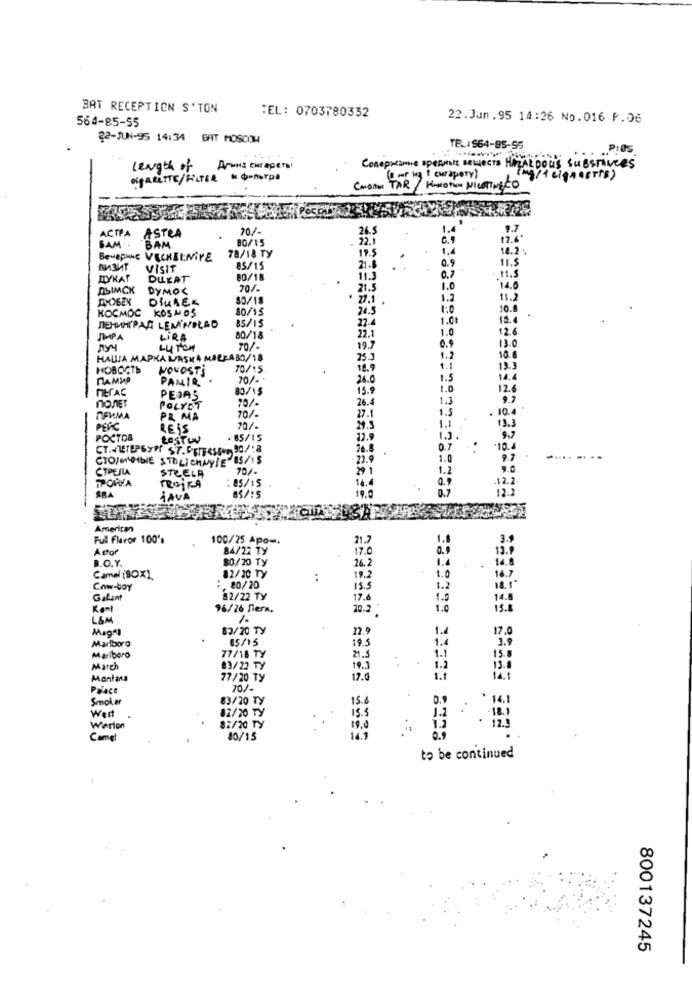
BAT RECEPTION S'TON
TEL: 0703780332
564-85-55
22.Jan.95 14:26 No.016 P.06
22-JUN-95 14:34 BAT MOSCOW
TEL:$64-85-55
P:05
Length of Amana curapero
Conepreanne operyents selvects HAZARDOUS SUBSTANCES
ogARETTE/FILTER
« фильтра
or wa t curapery)
Cotton TAR / HOMOThe NICOTINECO
26.5
1.4
9.7
ACTIA ASTRA
80/15
22.
12.6.
SAM - BAM
78/18 Ty
19.3
1.4
18.2 .
Benepine VECKBENIVE
0.9
11.$
ВИЗИТ
VISIT
85/15
21 -6
ATYKAT
DULLAT
80/18
11.3
0.7
DLIMCK
DyMOS
20/-
21.5
1.0
14.0
ДКУБЕХ
DIUSER
30/18
. 27.1
1.2
11.2
KOCMOC KOSMOS
80/15
24.5
1:0
10.8
85/15
22.4
1.0
12.4
NEHMHTPAR LEMINILAD
22.1
1.0
12.6
SPA
LIRA
80/18
13.0
LU TON
70/-
19.7
0.9
HAUJA MAPKA LASKA MALPABO/18
25.3
1.2
10.
HOBOCTS
NOVOSTS
70/15
18.9
1.1
13.3
DAMMP
PAMIR
70/ -*
26.0
1.5
14.4
nerAC
80/15
15.9
1.0
12.6
PESAS
20/-
26.4
1.3
POLYET
70/-
1.5
. 10.4
ПРИМА
PR MA
27.1
PERC
REIS
70/-
24.3
1.1
13. 3
POCTOR
LesTov
. 85/15
12.9
13.
CT.VUILPSYPr ST.PorTesEN 90/18
26.8
0.7
.10.4
CTO/MLDIDIE STOLICHNYSE 85/15
-22.9
1.0
CTPEJLA
70/-
1.2
TPORTA
STRELA
TROIKA
:85/15
14.4
12.]
65/:5
19. 0
0.7
12.3
JAVA
American
Ful Flavor 100's
100/25 Apom.
21.7
Asto
84/22 Ty
17.0
B.O.Y.
80/20 Ty
26.2
1.4
Camel (BOX)
82/20 TY
19.2
1.0
16.7
Cow-boy
: 20/20
15 . 5
1.2
Galant
82/22 Ty
17.6
1.5
14.8
Kent
96/26 Sern.
20.2
1.0
13.8
L&M
1.
Mag#1
83/20 TY
1.4
17.0
65/15
22.9
1.4
3.9
Marlboro
19.5
Marlboro
77/18 TY
21.5
1.1
15.5
March
83/22 TY
19.3
1.2
Montana
77/20 Ty
Prince
70/-
Smol,er
15.
0.9
14,1
Wert
82/20 TY
83/20 TV
15 . 5
1.2
127
Wierion
82/20 TY
19.0
Camel
80/15
149
to be continued
800137245